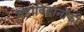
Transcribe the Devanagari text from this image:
महाविद्वानोंकी